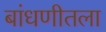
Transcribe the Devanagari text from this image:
बांधणीतला